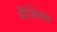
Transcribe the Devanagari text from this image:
सैब्रिक्स